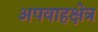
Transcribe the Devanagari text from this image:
अपवाहक्षेत्र